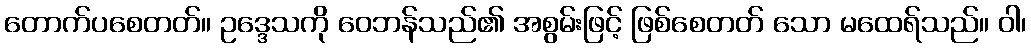
တောက်ပစေတတ်။ ဥဒ္ဒေသကို ဝေဘန်သည်၏ အစွမ်းဖြင့် ဖြစ်စေတတ် သော မထေရ်သည်။ ဝါ၊